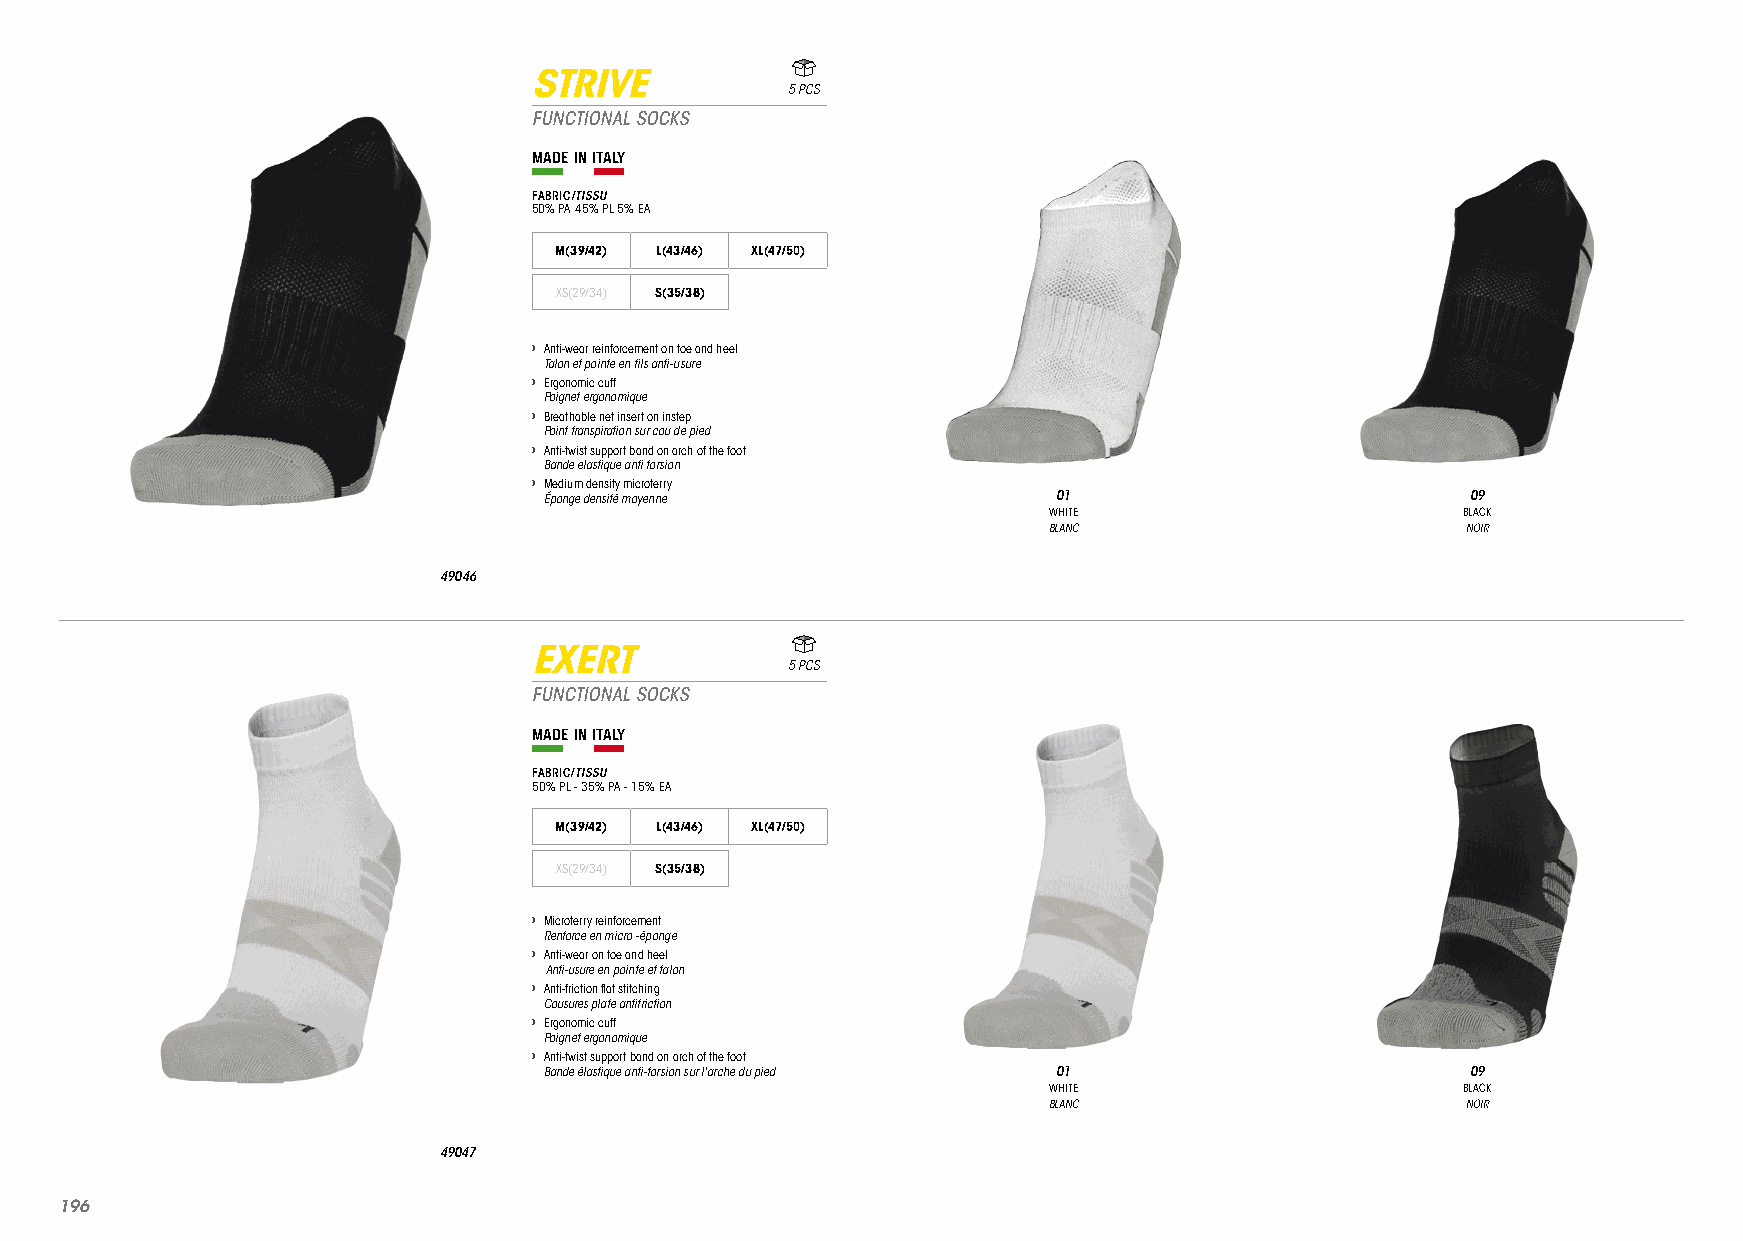
STRIVE
 5 PCS
 FUNCTIONAL SOCKS
 MADE IN ITALY
 FABRIC/TISSU
 50% PA 45% PL 5% EA
 M(39/42) L(43/46) XL(47/50)
 XS(29/34) S(35/38)
 › Anti-wear reinforcement on toe and heel
 Talon et pointe en fils anti-usure
 › Ergonomic cuff
 Poignet ergonomique
 › Breathable net insert on instep
 Point transpiration sur cou de pied
 › Anti-twist support band on arch of the foot
 Bande elastique anti torsion
 › Medium density microterry
 Éponge densité moyenne            01                         09
 WHITE                       BLACK
 BLANC                       NOIR
 49046
 EXERT
 5 PCS
 FUNCTIONAL SOCKS
 MADE IN ITALY
 FABRIC/TISSU
 50% PL - 35% PA - 15% EA
 M(39/42) L(43/46) XL(47/50)
 XS(29/34) S(35/38)
 › Microterry reinforcement
 Renforce en micro -éponge
 › Anti-wear on toe and heel
 Anti-usure en pointe et talon
 › Anti-friction flat stitching
 Cousures plate antifriction
 › Ergonomic cuff
 Poignet ergonomique
 › Anti-twist support band on arch of the foot
 Bande élastique anti-torsion sur l'arche du pied 01          09
 WHITE                       BLACK
 BLANC                       NOIR
 49047
 119966